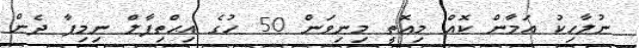
ނުލާހިކު އަމާން ކޮއް މިއޮތީ މިނިވަން 50 ހުގެ އިޙްތިފާލް ނިމިފާ ދެން